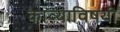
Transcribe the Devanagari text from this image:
काव्याविषयी